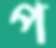
প